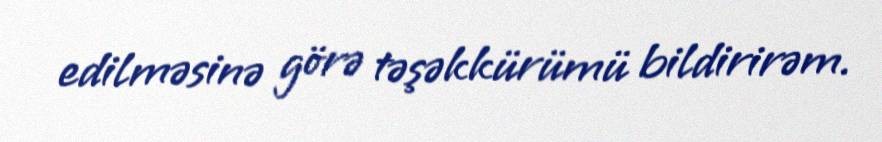
edilməsinə görə təşəkkürümü bildirirəm.